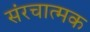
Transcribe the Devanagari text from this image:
संरचात्मक